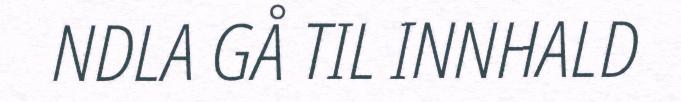
NDLA GÅ TIL INNHALD